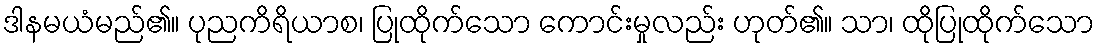
ဒါနမယံမည်၏။ ပုညကိရိယာစ၊ ပြုထိုက်သော ကောင်းမှုလည်း ဟုတ်၏။ သာ၊ ထိုပြုထိုက်သော